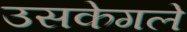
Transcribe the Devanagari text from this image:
उसकेगले